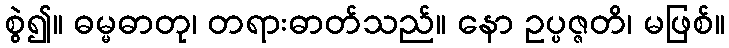
စွဲ၍။ ဓမ္မဓာတု၊ တရားဓာတ်သည်။ နော ဥပ္ပဇ္ဇတိ၊ မဖြစ်။